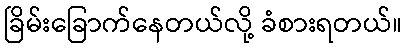
ခြိမ်းခြောက်နေတယ်လို့ ခံစားရတယ်။